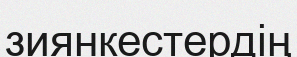
зиянкестердің